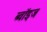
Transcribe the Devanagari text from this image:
ब्वॉइज